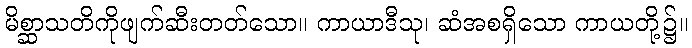
မိစ္ဆာသတိကိုဖျက်ဆီးတတ်သော။ ကာယာဒီသု၊ ဆံအစရှိသော ကာယတို့၌။